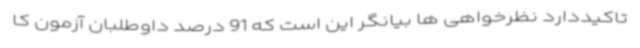
تاکیددارد نظرخواهی ها بیانگر این است که 91 درصد داوطلبان آزمون کا